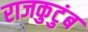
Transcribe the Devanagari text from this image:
राजकुटुंब